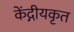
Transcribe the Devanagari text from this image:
केंद्गीयकृत